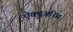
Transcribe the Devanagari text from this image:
ऐक्चुअरिस